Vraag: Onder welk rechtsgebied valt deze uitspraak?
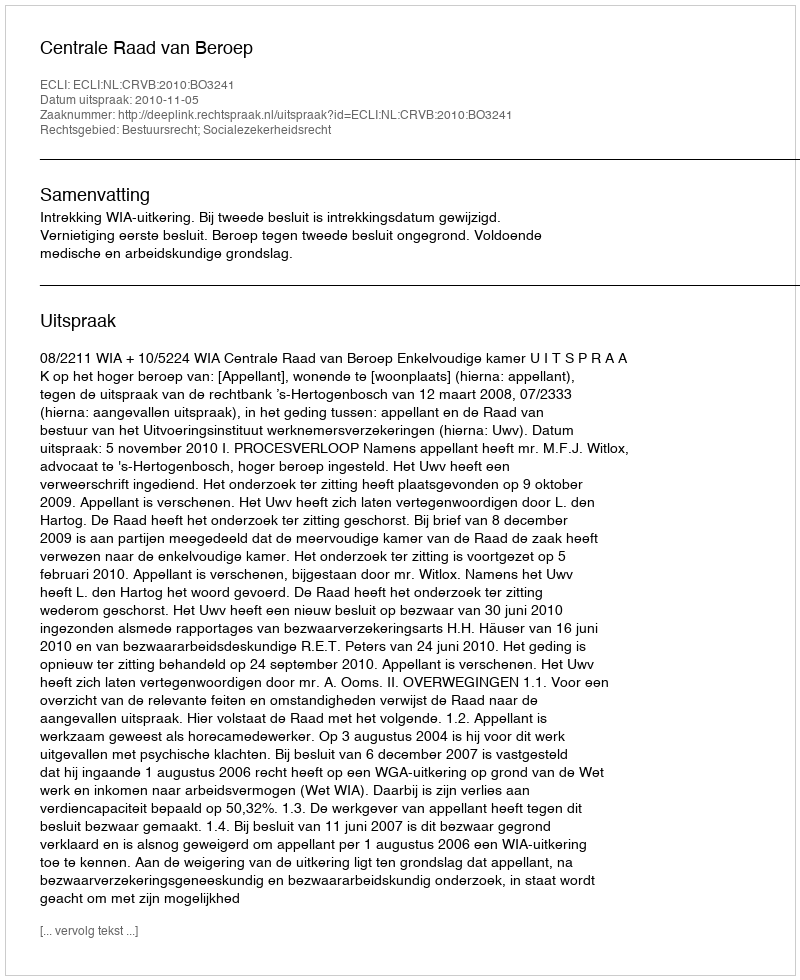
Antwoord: Bestuursrecht; Socialezekerheidsrecht